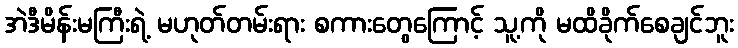
အဲဒီမိန်းမကြီးရဲ့ မဟုတ်တမ်းရား စကားတွေကြောင့် သူ့ကို မထိခိုက်စေချင်ဘူး